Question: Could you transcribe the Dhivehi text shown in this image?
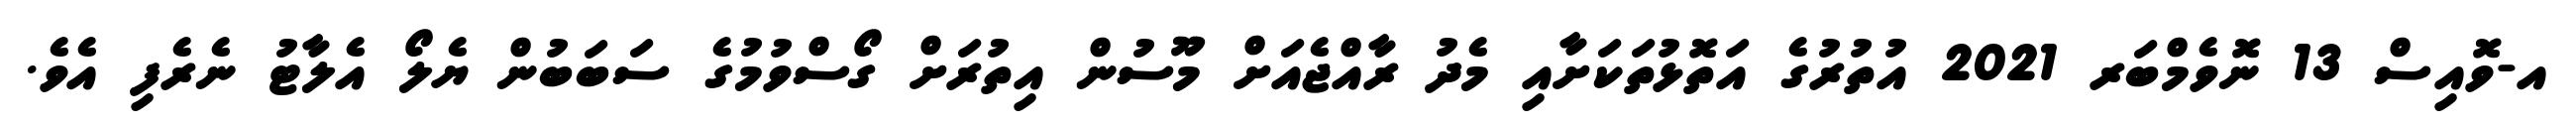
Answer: އ-ވޮއިސް 13 ނޮވެމްބަރ 2021 އުތުރުގެ އަތޮޅުތަކަށާއި މެދު ރާއްޖެއަށް މޫސުން އިތުރަށް ގޯސްވުމުގެ ސަބަބުން ޔެލޯ އެލާޓު ނެރެފި އެވެ.